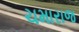
ચમારાજ